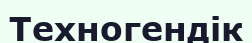
Техногендік